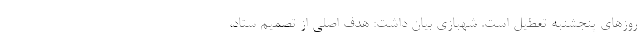
روزهای پنجشنبه تعطیل است. شهبازی بیان داشت: هدف اصلی از تصمیم ستاد،